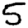
Digit: 5